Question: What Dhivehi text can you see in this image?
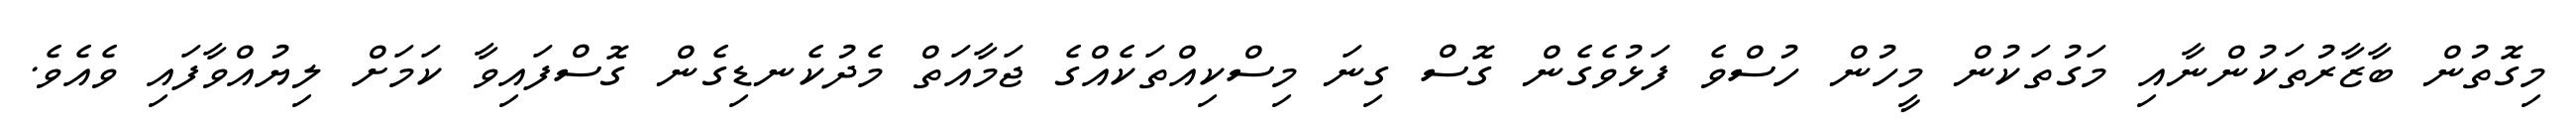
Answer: މިގޮތުން ބާޒާރުތަކުންނާއި މަގުތަކުން މީހުން ހުސްވެ ފަޅުވެގެން ގޮސް ގިނަ މިސްކިއްތަކެއްގެ ޖަމާއަތް މެދުކެނޑިގެން ގޮސްފައިވާ ކަމަށް ލިޔުއްވާފައި ވެއެވެ.